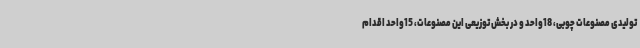
تولیدی مصنوعات چوبی، 18واحد و در بخش توزیعی این مصنوعات، 15واحد اقدام